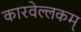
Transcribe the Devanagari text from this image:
कारवेल्लकम्‌